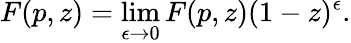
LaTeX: F(p,z)=\operatorname*{lim}_{\epsilon\rightarrow 0}F(p,z)(1-z)^{\epsilon}.